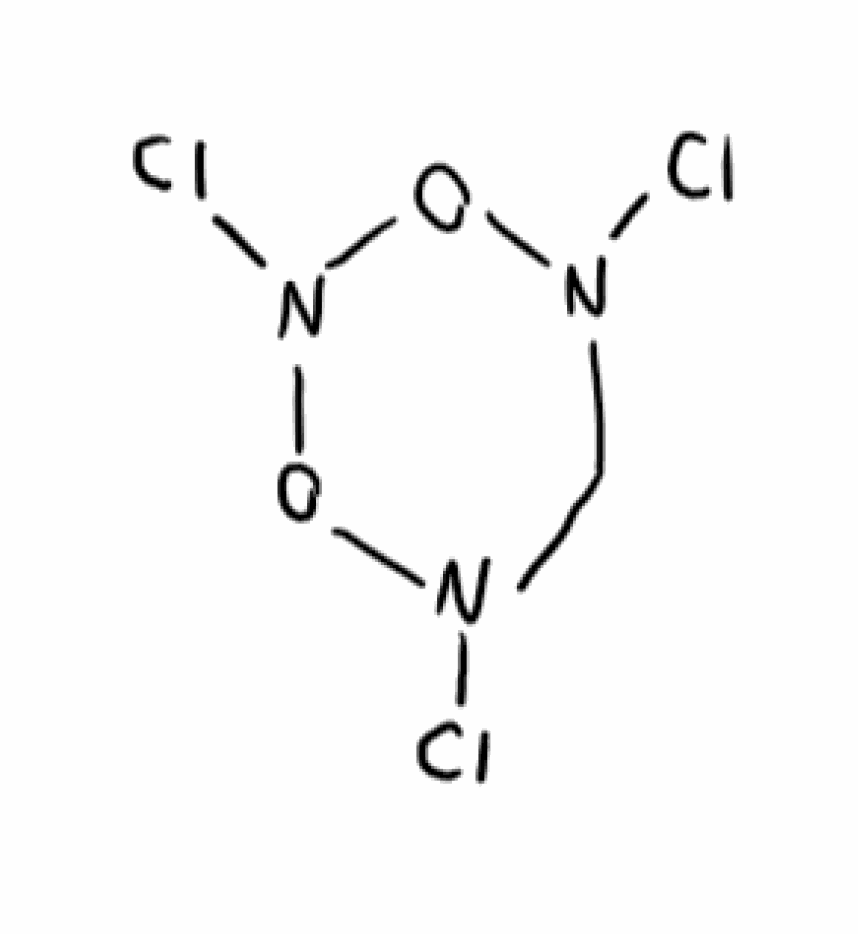
Simplified molecular-input line-entry system (SMILES) notation of the given molecule:
C1N(ON(ON1Cl)Cl)Cl